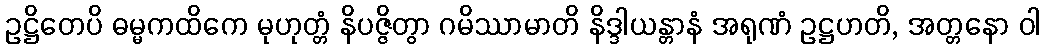
ဥဋ္ဌိတေပိ ဓမ္မကထိကေ မုဟုတ္တံ နိပဇ္ဇိတွာ ဂမိဿာမာတိ နိဒ္ဒါယန္တာနံ အရုဏံ ဥဋ္ဌဟတိ, အတ္တနော ဝါ